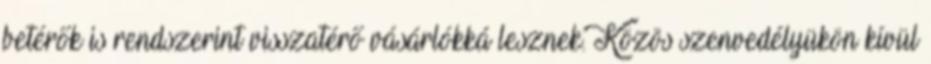
betérők is rendszerint visszatérő vásárlókká lesznek. Közös szenvedélyükön kívül